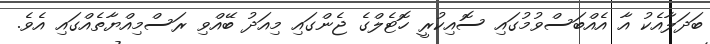
ބަދަލާއެކު އާ އެއްބަސްވުމުގައި ސޮއިކުރީ ހޮޓެލްގެ ޖެންގައި މިއަދު ބޭއްވި ރަސްމިއްޔާތެއްގައި އެވެ.